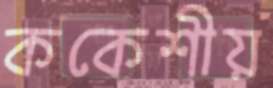
ককেশীয়